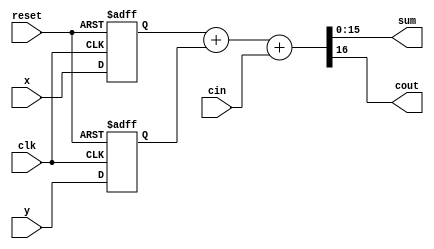
/*                             *
 * adder16s.v                  *
 *  16 *
 *                             */

module adder16s (clk, reset, x, y, cin, sum, cout);
	input [15:0] x, y;
	input clk, reset, cin;
	output [15:0] sum;
	output cout;

	reg [15:0] r0, r1;

	assign {cout, sum} = r0 + r1 + cin;

	always @(posedge clk or negedge reset) begin
		if (reset == 1'b0) begin
			r0 <= 0;
			r1 <= 0;
		end else begin
			r0 <= x;
	        r1 <= y;
		end
	end
endmodule